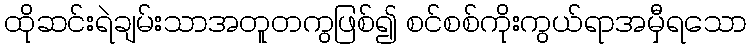
ထိုဆင်းရဲချမ်းသာအတူတကွဖြစ်၍ စင်စစ်ကိုးကွယ်ရာအမှီရသော